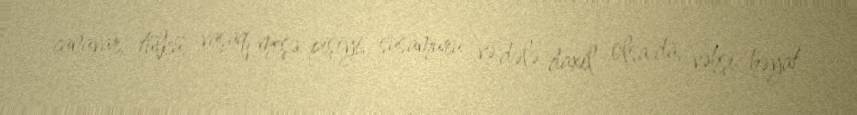
canavar, tülkü, vaşaq, meşə pişiyi, susamuru və dələ daxil olsa da, vəhşi həyat